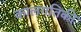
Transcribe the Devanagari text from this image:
कालगतिकी